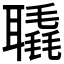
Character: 𦗨